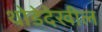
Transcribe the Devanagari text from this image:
थोडेदेखील